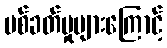
ပစ်ခတ်မှုများကြောင့်